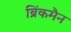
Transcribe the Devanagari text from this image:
ब्रिंकमैन